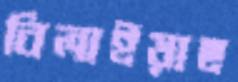
বিলাইয়াছ